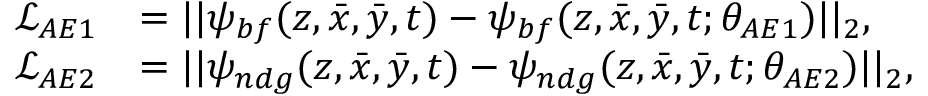
\begin{array} { r l } { \mathcal { L } _ { A E 1 } } & { = | | \psi _ { b f } ( z , \bar { x } , \bar { y } , t ) - \psi _ { b f } ( z , \bar { x } , \bar { y } , t ; \theta _ { A E 1 } ) | | _ { 2 } , } \\ { \mathcal { L } _ { A E 2 } } & { = | | \psi _ { n d g } ( z , \bar { x } , \bar { y } , t ) - \psi _ { n d g } ( z , \bar { x } , \bar { y } , t ; \theta _ { A E 2 } ) | | _ { 2 } , } \end{array}